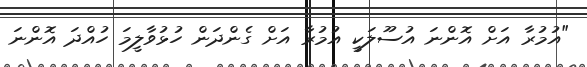
"އުމުރާ އަށް އޮންނަ އުސޫލަކީ އުމުރާ އަށް ގެންދަން ހުޅުވާލީމަ ހުއްދަ އޮންނަ